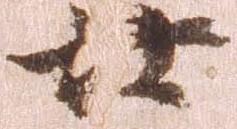
廿